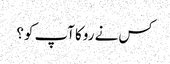
کس نے روکا آپ کو؟